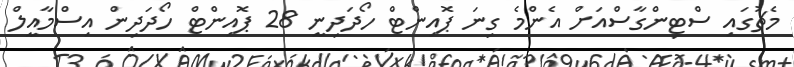
މެޗުގައި ސްޓިންގާސްއަށް އެންމެ ގިނަ ޕޮއިންޓް ހޯދަދިނީ 28 ޕޮއިންޓް ހޯދަދިން އިސްމާއީލް